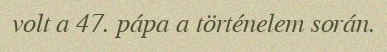
volt a 47. pápa a történelem során.